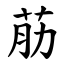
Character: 荕